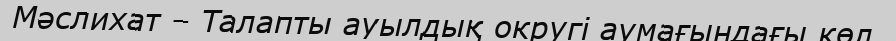
Мәслихат – Талапты ауылдық округі аумағындағы көл.